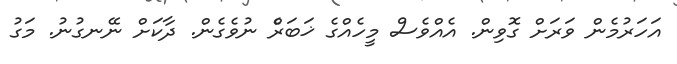
އަހަރުމެން ވަރަށް ގޮވިން. އެއްވެސް މީހެއްގެ ޚަބަރެް ނުވެގެން. ދާކަށް ނޭނގުނު. މަގު